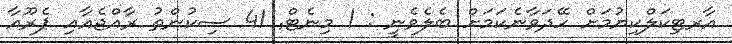
އާރޓިކަލްކިޔުމަށް ހޭދަވާނެކަމަށް ބެލެވެނީ : 1 މިނެޓް